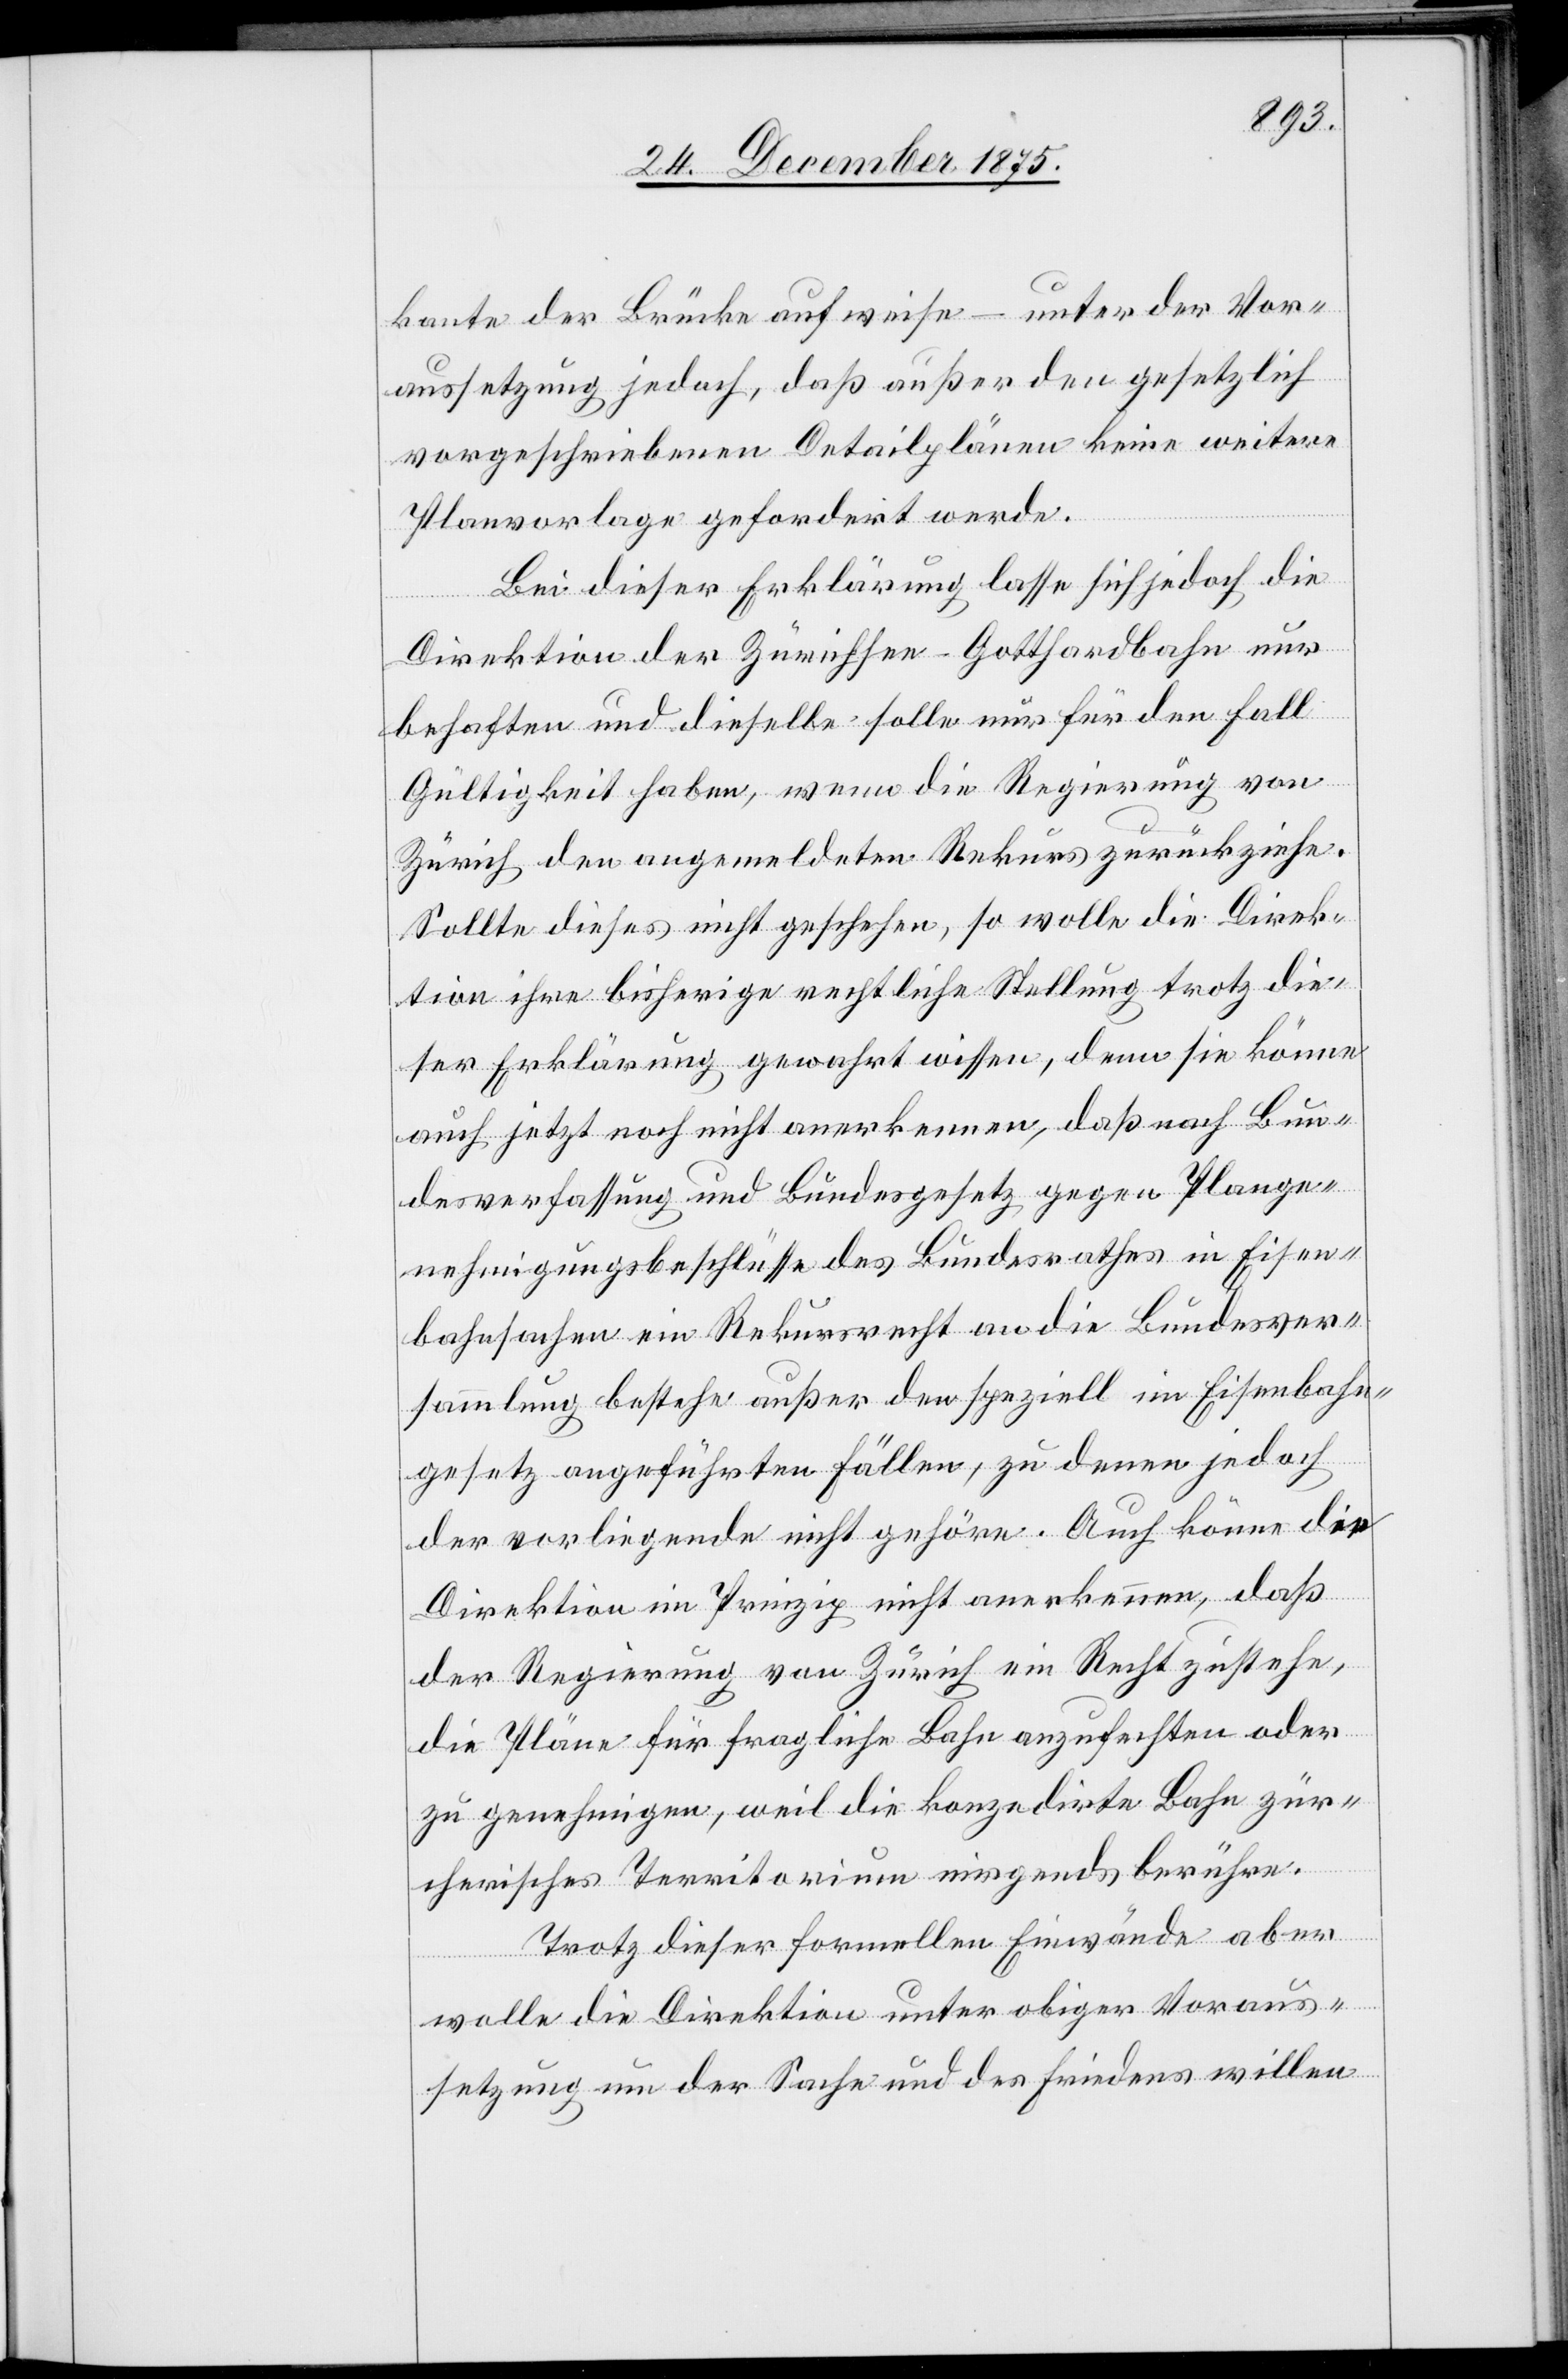
baute der Brücke aufweise – unter der Vor¬
aussetzung jedoch, daß außer den gesetzlich
vorgeschriebenen Detailplänen keine weitere
Planvorlage gefordert werde.
Bei dieser Erklärung lasse sich jedoch die
Direktion der Zürichsee–Gotthardbahn nur
behaften und dieselbe solle nur für den Fall
Gültigkeit haben, wenn die Regierung von
Zürich den angemeldeten Rekurs zurückziehe.
Sollte dieses nicht geschehen, so wolle die Direk¬
tion ihre bisherige rechtliche Stellung trotz die¬
ser Erklärung gewahrt wissen, denn sie könne
auch jetzt noch nicht anerkennen, daß nach Bun¬
desverfassung und Bundesgesetz gegen Plange¬
nehmigungsbeschlüsse des Bundesrathes in Eisen¬
bahnsachen ein Rekursrecht an die Bundesver¬
sammlung bestehe außer den speziell im Eisenbahn¬
gesetz angeführten Fällen, zu denen jedoch
der vorliegende nicht gehöre. Auch könne die
Direktion im Prinzip nicht anerkennen, daß
der Regierung von Zürich ein Recht zustehe,
die Pläne für fragliche Bahn anzufechten oder
zu genehmigen, weil die konzedirte Bahn zür¬
cherisches Territorium nirgends berühre.
Trotz dieser formellen Einwände aber
wolle die Direktion unter obiger Voraus¬
setzung um der Sache und des Friedens willen